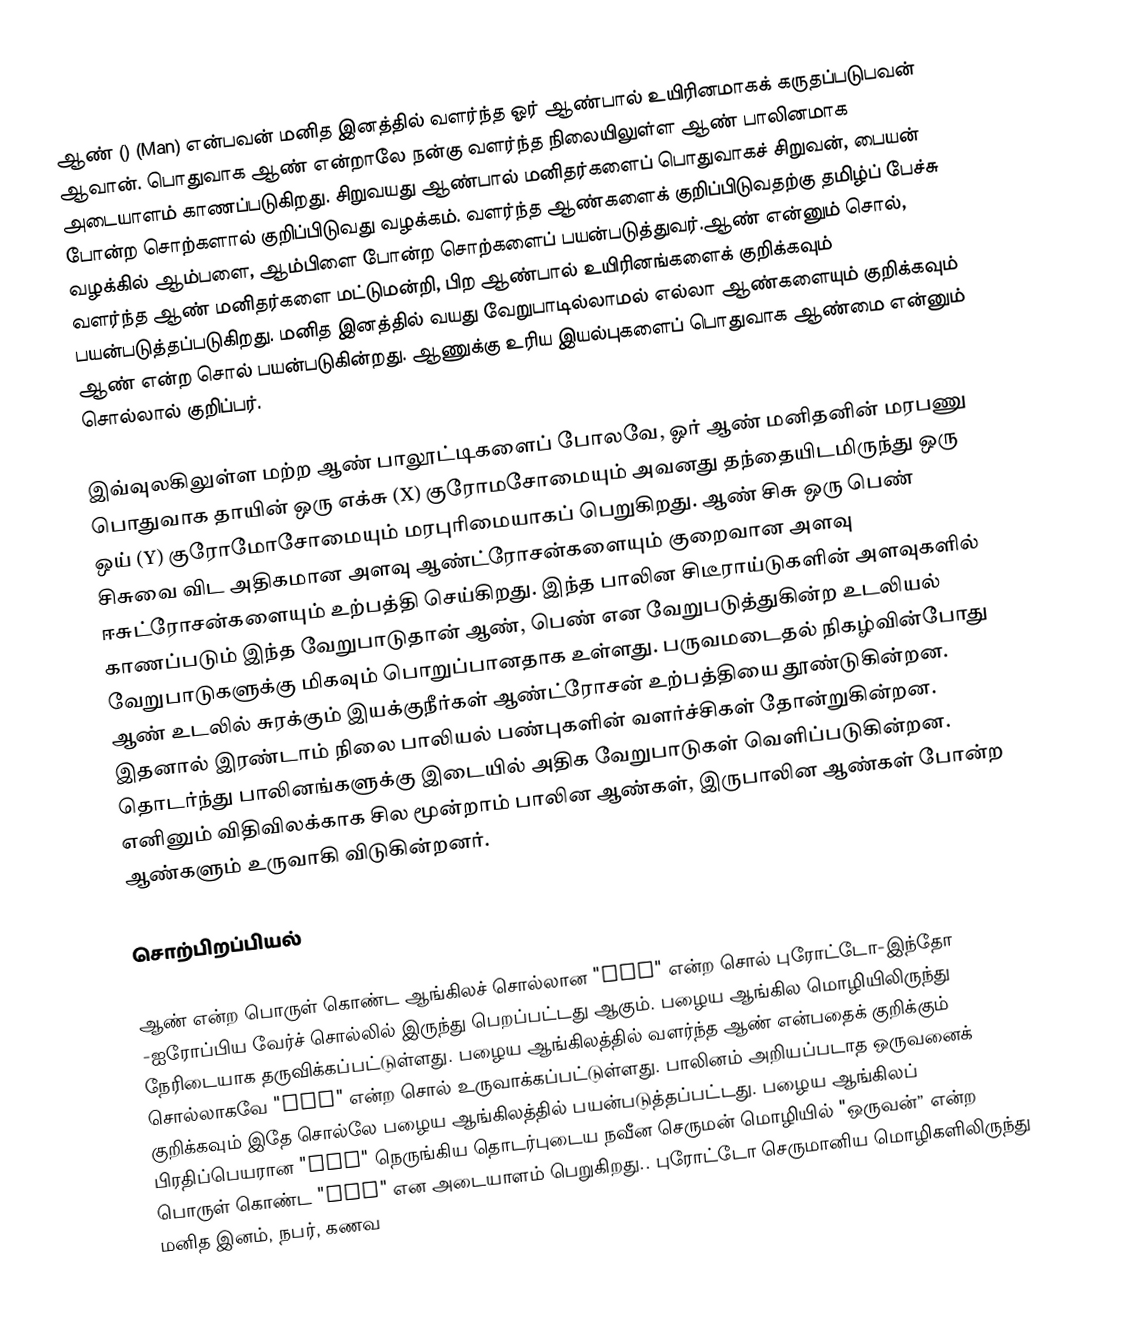
ஆண் () (Man) என்பவன் மனித இனத்தில் வளர்ந்த ஓர் ஆண்பால் உயிரினமாகக் கருதப்படுபவன் ஆவான். பொதுவாக ஆண் என்றாலே நன்கு வளர்ந்த நிலையிலுள்ள ஆண் பாலினமாக அடையாளம் காணப்படுகிறது.  சிறுவயது ஆண்பால் மனிதர்களைப் பொதுவாகச் சிறுவன், பையன் போன்ற சொற்களால் குறிப்பிடுவது வழக்கம். வளர்ந்த ஆண்களைக் குறிப்பிடுவதற்கு தமிழ்ப் பேச்சு வழக்கில் ஆம்பளை, ஆம்பிளை போன்ற சொற்களைப் பயன்படுத்துவர்.ஆண் என்னும் சொல், வளர்ந்த ஆண் மனிதர்களை மட்டுமன்றி, பிற ஆண்பால் உயிரினங்களைக் குறிக்கவும் பயன்படுத்தப்படுகிறது. மனித இனத்தில் வயது வேறுபாடில்லாமல் எல்லா ஆண்களையும் குறிக்கவும் ஆண் என்ற சொல் பயன்படுகின்றது. ஆணுக்கு உரிய இயல்புகளைப் பொதுவாக ஆண்மை என்னும் சொல்லால் குறிப்பர்.

இவ்வுலகிலுள்ள மற்ற ஆண் பாலூட்டிகளைப் போலவே, ஓர் ஆண் மனிதனின் மரபணு பொதுவாக தாயின் ஒரு எக்சு (X) குரோமசோமையும் அவனது தந்தையிடமிருந்து ஒரு ஒய் (Y) குரோமோசோமையும் மரபுரிமையாகப் பெறுகிறது. ஆண் சிசு ஒரு பெண் சிசுவை விட அதிகமான அளவு ஆண்ட்ரோசன்களையும் குறைவான அளவு  ஈசுட்ரோசன்களையும் உற்பத்தி செய்கிறது. இந்த பாலின சிடீராய்டுகளின் அளவுகளில் காணப்படும் இந்த வேறுபாடுதான் ஆண், பெண் என  வேறுபடுத்துகின்ற உடலியல் வேறுபாடுகளுக்கு மிகவும் பொறுப்பானதாக உள்ளது. பருவமடைதல் நிகழ்வின்போது ஆண் உடலில் சுரக்கும் இயக்குநீர்கள் ஆண்ட்ரோசன் உற்பத்தியை தூண்டுகின்றன. இதனால் இரண்டாம் நிலை பாலியல் பண்புகளின் வளர்ச்சிகள் தோன்றுகின்றன. தொடர்ந்து பாலினங்களுக்கு இடையில் அதிக வேறுபாடுகள் வெளிப்படுகின்றன. எனினும் விதிவிலக்காக சில மூன்றாம் பாலின ஆண்கள், இருபாலின ஆண்கள் போன்ற ஆண்களும் உருவாகி விடுகின்றனர்.

சொற்பிறப்பியல்

ஆண் என்ற பொருள் கொண்ட ஆங்கிலச் சொல்லான "man" என்ற சொல் புரோட்டோ-இந்தோ -ஐரோப்பிய வேர்ச் சொல்லில் இருந்து  பெறப்பட்டது ஆகும். பழைய ஆங்கில மொழியிலிருந்து நேரிடையாக தருவிக்கப்பட்டுள்ளது. பழைய ஆங்கிலத்தில் வளர்ந்த ஆண் என்பதைக் குறிக்கும் சொல்லாகவே "man" என்ற சொல் உருவாக்கப்பட்டுள்ளது. பாலினம் அறியப்படாத ஒருவனைக் குறிக்கவும் இதே சொல்லே பழைய ஆங்கிலத்தில் பயன்படுத்தப்பட்டது. பழைய ஆங்கிலப் பிரதிப்பெயரான "man"  நெருங்கிய தொடர்புடைய நவீன செருமன்  மொழியில் "ஒருவன்” என்ற பொருள் கொண்ட "one" என அடையாளம் பெறுகிறது.. புரோட்டோ செருமானிய மொழிகளிலிருந்து மனித இனம், நபர், கணவ